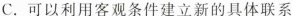
C.可以利用客观条件建立新的具体联系